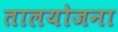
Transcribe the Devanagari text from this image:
तालयोजना